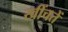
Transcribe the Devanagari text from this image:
खींचतें